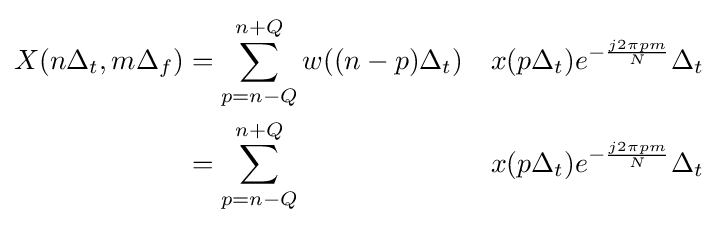
{\begin{aligned}X(n\Delta _{t},m\Delta _{f})&=\sum _{p=n-Q}^{n+Q}w((n-p)\Delta _{t})&x(p\Delta _{t})e^{-{\frac {j2\pi pm}{N}}}\Delta _{t}\\&=\sum _{p=n-Q}^{n+Q}&x(p\Delta _{t})e^{-{\frac {j2\pi pm}{N}}}\Delta _{t}\\\end{aligned}}